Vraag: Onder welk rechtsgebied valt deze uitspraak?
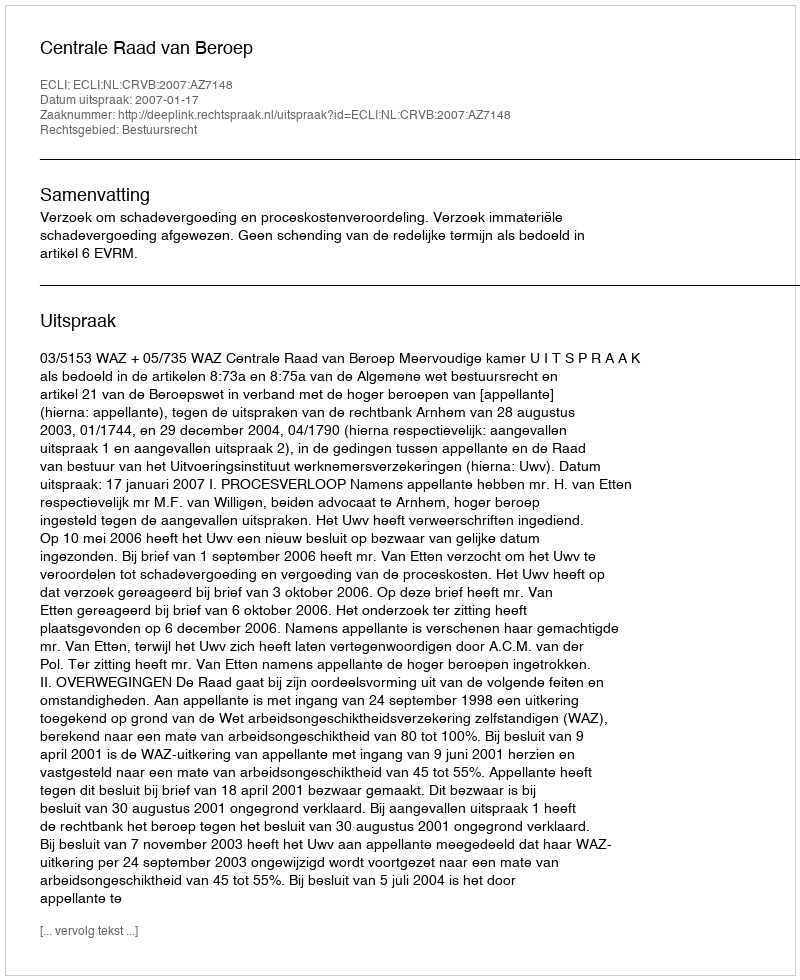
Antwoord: Bestuursrecht